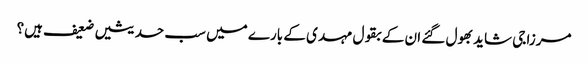
مرزا جی شاید بھول گئے ان کے بقول مہدی کے بارے میں سب حدیثیں ضعیف ہیں؟